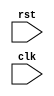
module my_sequential_logic (
  input rst, // reset signal
  input clk, // clock signal
  // other inputs and outputs here
);

// Define your state variables here
reg [7:0] count;

always @(posedge rst) begin
  // perform operations when rst transitions from low to high
  // initialize or reset values here
  count <= 8'd0; // initialize count to 0
  // other logic or operations
end

// Other always blocks for clocked behavior
always @(posedge clk) begin
  // sequential logic operations based on clock signal
end

// Other combinational logic here

endmodule